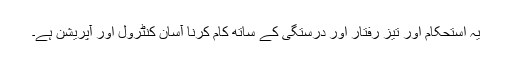
یہ استحکام اور تیز رفتار اور درستگی کے ساتھ کام کرنا آسان کنٹرول اور آپریشن ہے۔